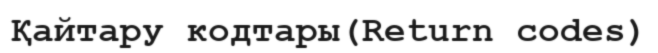
Қайтару кодтары(Return codes)